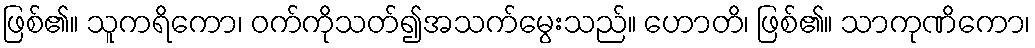
ဖြစ်၏။ သူကရိကော၊ ဝက်ကိုသတ်၍အသက်မွေးသည်။ ဟောတိ၊ ဖြစ်၏။ သာကုဏိကော၊